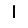
Digit: 1